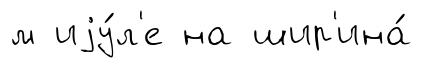
м иjу́л'е на шир'ина́